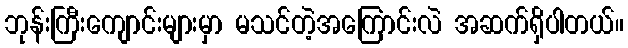
ဘုန်းကြီးကျောင်းများမှာ မသင်တဲ့အကြောင်းလဲ အဆက်ရှိပါတယ်။